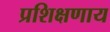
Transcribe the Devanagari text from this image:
प्रशिक्षणाय